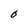
Character: O